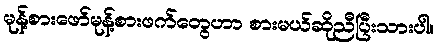
မုန့်စားဖော်မုန့်စားဖက်တွေဟာ စားမယ်ဆိုညီပြီးသားပါ။